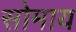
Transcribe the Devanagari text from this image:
सोमाय